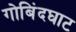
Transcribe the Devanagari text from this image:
गोबिंदघाट